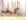
كيف